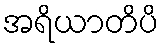
အရိယာတိပိ